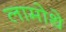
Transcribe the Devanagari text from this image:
लामोथे